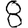
Digit: 8